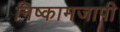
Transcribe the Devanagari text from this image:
निष्कामजापी